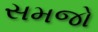
સમજો